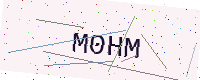
Text: M0HM